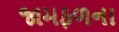
જામફળના